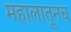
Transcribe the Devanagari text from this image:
महालातूनच